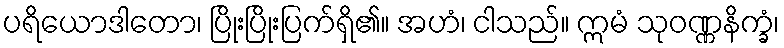
ပရိယောဒါတော၊ ပြိုးပြိုးပြက်ရှိ၏။ အဟံ၊ ငါသည်။ ဣမံ သုဝဏ္ဏနိက္ခံ၊